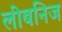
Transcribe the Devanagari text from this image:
लीबनिज